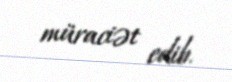
müraciət edib.